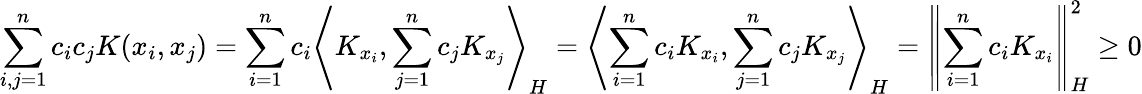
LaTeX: \sum_{i,j=1}^{n}c_{i}c_{j}K(x_{i},x_{j})=\sum_{i=1}^{n}c_{i}\left\langle K_{x_{i}},\sum_{j=1}^{n}c_{j}K_{x_{j}}\right\rangle_{H}=\left\langle\sum_{i=1}^{n}c_{i}K_{x_{i}},\sum_{j=1}^{n}c_{j}K_{x_{j}}\right\rangle_{H}=\left\| \sum_{i=1}^{n}c_{i}K_{x_{i}}\right\| _{H}^{2}\geq 0